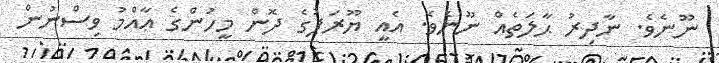
ނޫނެވެ. ނާދިރު ޙާލަތެއް ނޫނެވެ. އެއީ ޔޫރަޕުގެ ދޮން މީހުންގެ ޢާއްމު ވިސްނުން